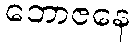
ဘောဇနေ